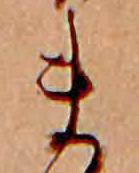
ま